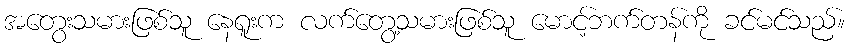
အတွေးသမားဖြစ်သူ နေရူးက လက်တွေ့သမားဖြစ်သူ မောင့်ဘက်တန်ကို ခင်မင်သည်။